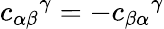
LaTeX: {c_{\alpha\beta}}^{\gamma}=-{c_{\beta\alpha}}^{\gamma}